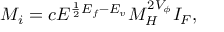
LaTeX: { \cal M } _ { i } = c E ^ { \frac { 1 } { 2 } E _ { f } - E _ { v } } M _ { H } ^ { 2 V _ { \phi } } I _ { F } ,